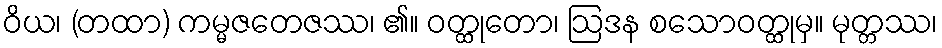
ဝိယ၊ (တထာ) ကမ္မဇတေဇဿ၊ ၏။ ဝတ္ထုတော၊ ဩဒန စသောဝတ္ထုမှ။ မုတ္တဿ၊